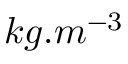
k g . m ^ { - 3 }